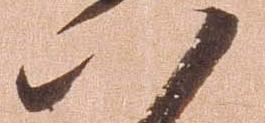
八